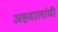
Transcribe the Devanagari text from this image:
अहवालांची